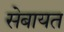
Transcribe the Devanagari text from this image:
सेबायत